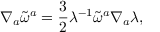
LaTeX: \nabla _ { a } \widetilde { \omega } ^ { a } = \frac { 3 } { 2 } \lambda ^ { - 1 } \widetilde { \omega } ^ { a } \nabla _ { a } \lambda ,